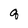
Character: g